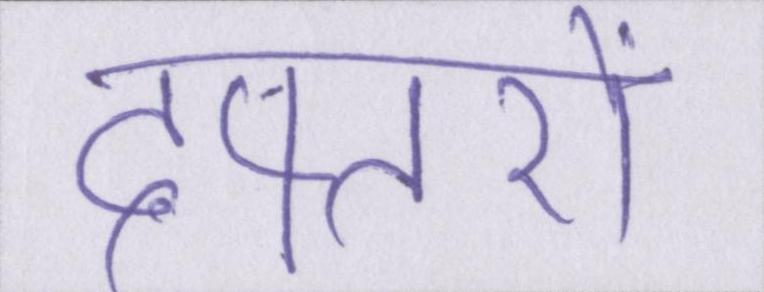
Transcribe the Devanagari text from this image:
दफ्तरों